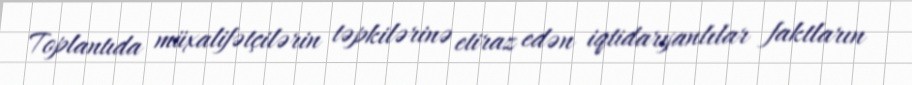
Toplantıda müxalifətçilərin təpkilərinə etiraz edən iqtidaryanlılar faktların